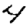
Digit: 4